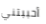
أحببتني